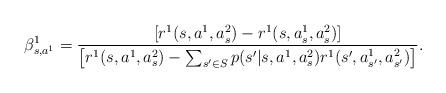
LaTeX: \begin{align*}\beta_{s,a^1}^1=\frac{\left[r^1(s,a^1,a_s^2)-r^1(s,a_s^1,a_s^2)\right]}{\left[r^1(s,a^1,a_{s}^2)-\sum_{s'\in S}p(s'|s,a^1,a_s^2)r^1(s',a_{s'}^1,a_{s'}^2)\right]}.\end{align*}